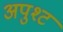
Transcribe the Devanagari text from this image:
अपुश्ट